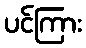
ပင်ကြား